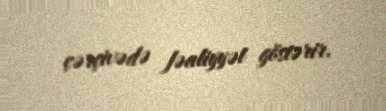
çərçivədə fəaliyyət göstərir.